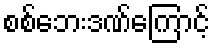
စစ်ဘေးဒဏ်ကြောင့်